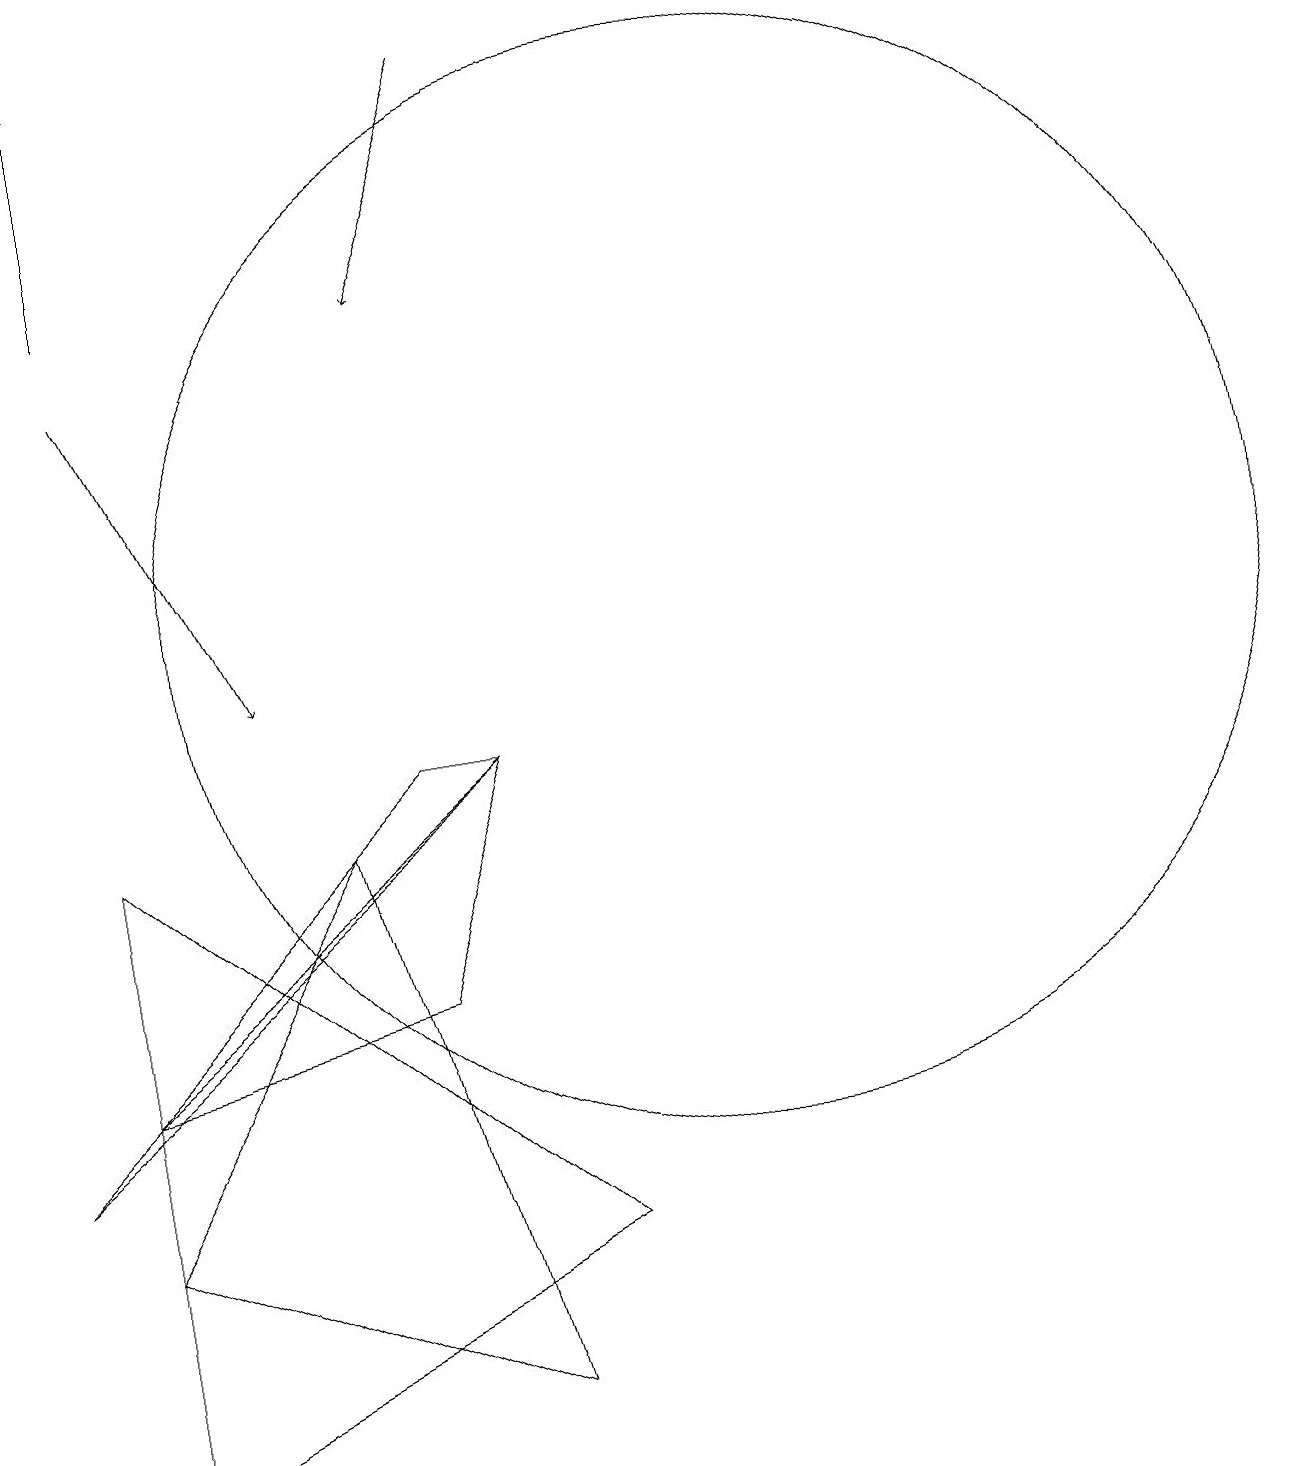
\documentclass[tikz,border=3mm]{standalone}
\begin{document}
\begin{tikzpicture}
\draw (6,8) -- (8,1) -- (3,3) -- cycle;
\draw (3,5) -- (8,9) -- (7,6) -- cycle;
\draw[->] (3,14) -- (5,10);
\draw[->] (8,18) -- (7,15);
\draw[->] (3,15) -- (3,18);
\draw (9,3) -- (3,8) -- (3,0) -- cycle;
\draw (7,9) -- (2,4) -- (8,9) -- cycle;
\draw (11,11) circle (7);
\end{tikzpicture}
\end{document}